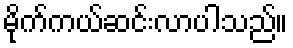
မိုက်ကယ်ဆင်းလာပါသည်။